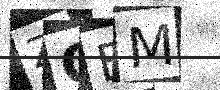
Text: ZOBM